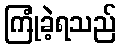
ကြုံခဲ့ရသည်